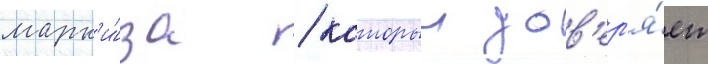
марк'и́за / которыи дов'ер'я́ет